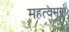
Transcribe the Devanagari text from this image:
महत्वमूर्ण